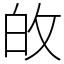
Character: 敀